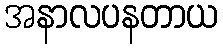
အနာလပနတာယ